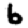
Digit: 6